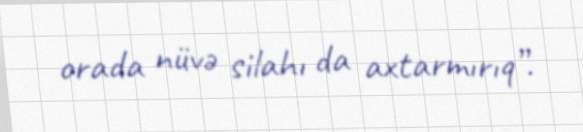
orada nüvə silahı da axtarmırıq”.